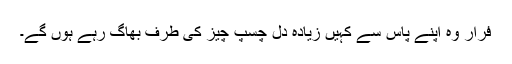
فرار وہ اپنے پاس سے کہیں زیادہ دل چسپ چیز کی طرف بھاگ رہے ہوں گے۔